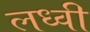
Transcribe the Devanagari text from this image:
लध्वी